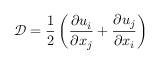
\mathcal { D } = \frac { 1 } { 2 } \left( \frac { \partial u _ { i } } { \partial x _ { j } } + \frac { \partial u _ { j } } { \partial x _ { i } } \right)